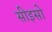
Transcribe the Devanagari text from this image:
सीइसो